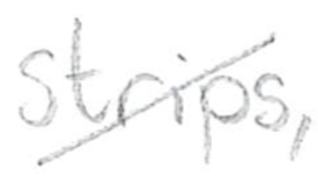
Text: strips,
Cross-out: diagonal
Writing tool: pencil